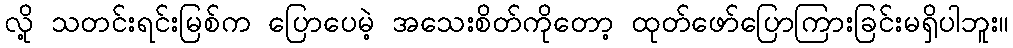
လို့ သတင်းရင်းမြစ်က ပြောပေမဲ့ အသေးစိတ်ကိုတော့ ထုတ်ဖော်ပြောကြားခြင်းမရှိပါဘူး။